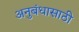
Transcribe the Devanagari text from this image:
अनुबंधासाठी